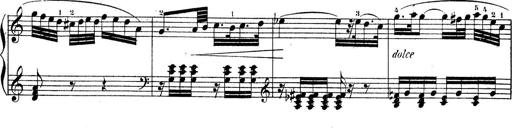
Title: Piano Sonatine No.2
Composer: Peter Piel
Key: G major